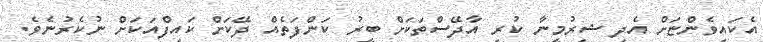
އެކައިވެންޏަށް އެދި ޝިރުމީނާ ކުރި އާދޭސްތަކަށް ބީރު ކަންފަތެއް ދޭކަށް ކައިފްއަކަށް ނުކެރުނެވެ.